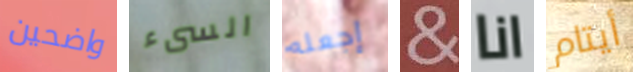
واضحين السىء إجعله & انا أيتام